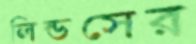
লিন্ডসের